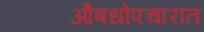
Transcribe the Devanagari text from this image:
औषधोपचारात